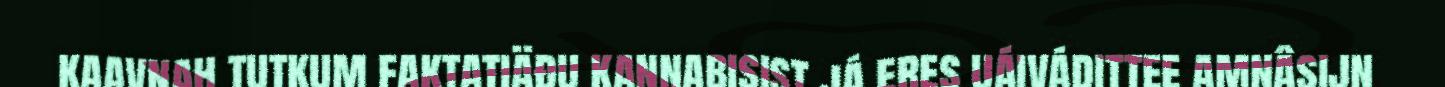
kaavnah tutkum faktatiäđu kannabisist já eres uáivádittee amnâsijn